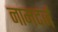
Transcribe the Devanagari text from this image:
नामदर्ज